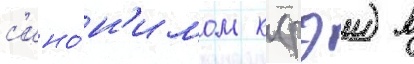
с'ино́н'имом к (рэи) в